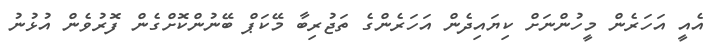
އެއީ އަހަރެން މީހުންނަށް ކިޔައިދެން އަހަރެންގެ ތަޖުރިބާ މޭކަޕް ބޭނުންކޮށްގެން ފޮރުވެން އުޅުނު